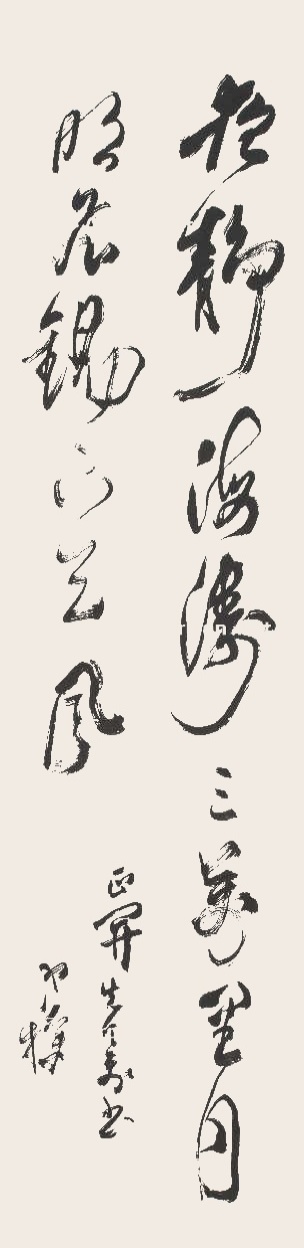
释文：夜静海涛三万里，月明飞锡下天风。正开先生书画